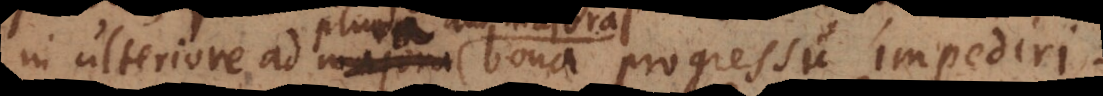
aut majora bona progressu impediri.